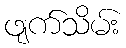
ဖျက်သိမ်း